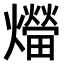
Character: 𤑝